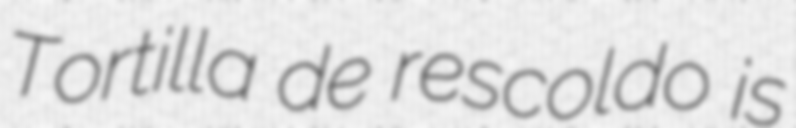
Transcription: Tortilla de rescoldo is